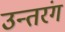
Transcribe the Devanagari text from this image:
उन्तरंग